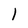
Character: l